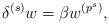
LaTeX: \begin{align*}\delta^{(s)} w=\beta w^{(p^s)},\end{align*}